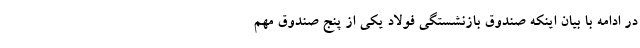
در ادامه با بیان اینکه صندوق بازنشستگی فولاد یکی از پنج صندوق مهم